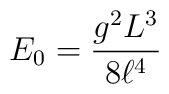
E_{0} =  \frac{g^{2} L^{3}}{8 \ell ^{4}}